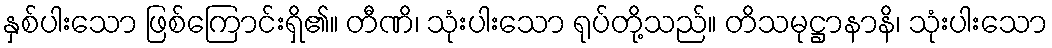
နှစ်ပါးသော ဖြစ်ကြောင်းရှိ၏။ တီဏိ၊ သုံးပါးသော ရုပ်တို့သည်။ တိသမုဋ္ဌာနာနိ၊ သုံးပါးသော